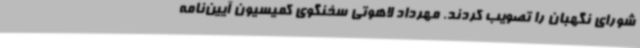
شورای نگهبان را تصویب کردند. مهرداد لاهوتی سخنگوی کمیسیون آیین‌نامه